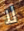
لا